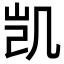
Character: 凯